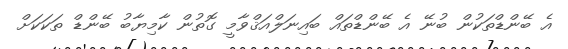
އެ ބޭންޑްތަކުން ބުނޭ އެ ބޭންޑްތައް ބައިނަލްއަޤްވާމީ ގޮތުން ކާމިޔާބު ބޭންޑް ތަކަކަށް